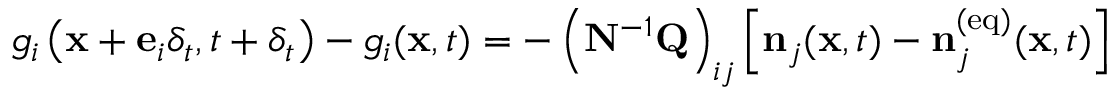
g _ { i } \left( \mathbf { x } + \mathbf { e } _ { i } \delta _ { t } , t + \delta _ { t } \right) - g _ { i } ( \mathbf { x } , t ) = - \left( \mathbf { N } ^ { - 1 } \mathbf { Q } \right) _ { i j } \left[ \mathbf { n } _ { j } ( \mathbf { x } , t ) - \mathbf { n } _ { j } ^ { ( \mathrm { e q } ) } ( \mathbf { x } , t ) \right]